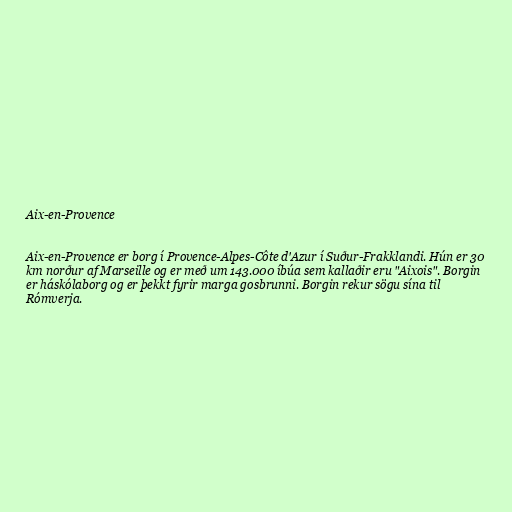
Aix-en-Provence

Aix-en-Provence er borg í Provence-Alpes-Côte d'Azur í Suður-Frakklandi. Hún er 30
km norður af Marseille og er með um 143.000 íbúa sem kallaðir eru "Aixois". Borgin
er háskólaborg og er þekkt fyrir marga gosbrunni. Borgin rekur sögu sína til
Rómverja.